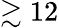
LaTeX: \gtrsim 12